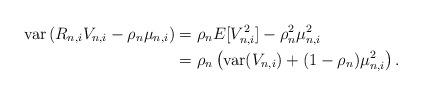
LaTeX: \begin{align*}\mbox{var}\left(R_{n,i}V_{n,i}-\rho_n\mu_{n,i}\right)&=\rho_nE[V_{n,i}^2]-\rho_n^2\mu_{n,i}^2 \\&=\rho_n\left(\mbox{var}(V_{n,i})+(1-\rho_n)\mu_{n,i}^2\right).\end{align*}